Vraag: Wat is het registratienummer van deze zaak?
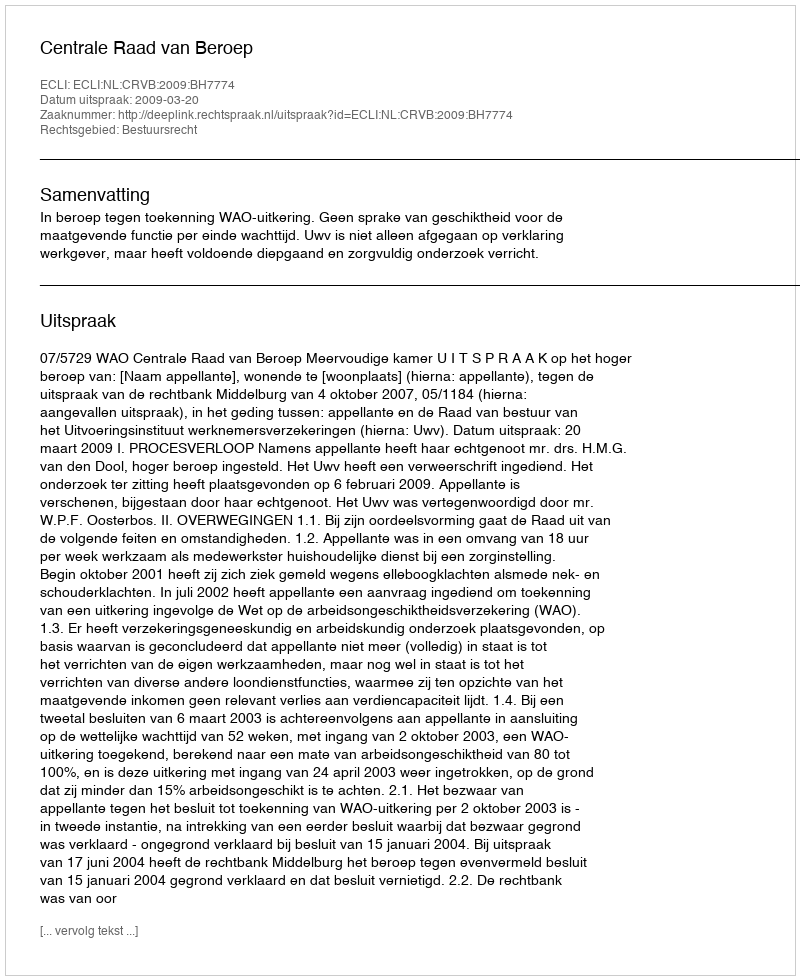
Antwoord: http://deeplink.rechtspraak.nl/uitspraak?id=ECLI:NL:CRVB:2009:BH7774